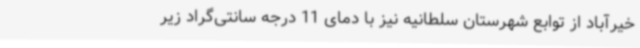
خیرآباد از توابع شهرستان سلطانیه نیز با دمای 11 درجه سانتی‌گراد زیر